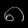
Digit: ၈